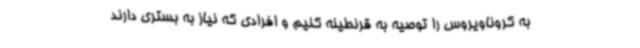
به کروناویروس را توصیه به قرنطینه کنیم و افرادی که نیاز به بستری دارند